Medical and sanitary report of the native army of Madras for the year
Year: 1878
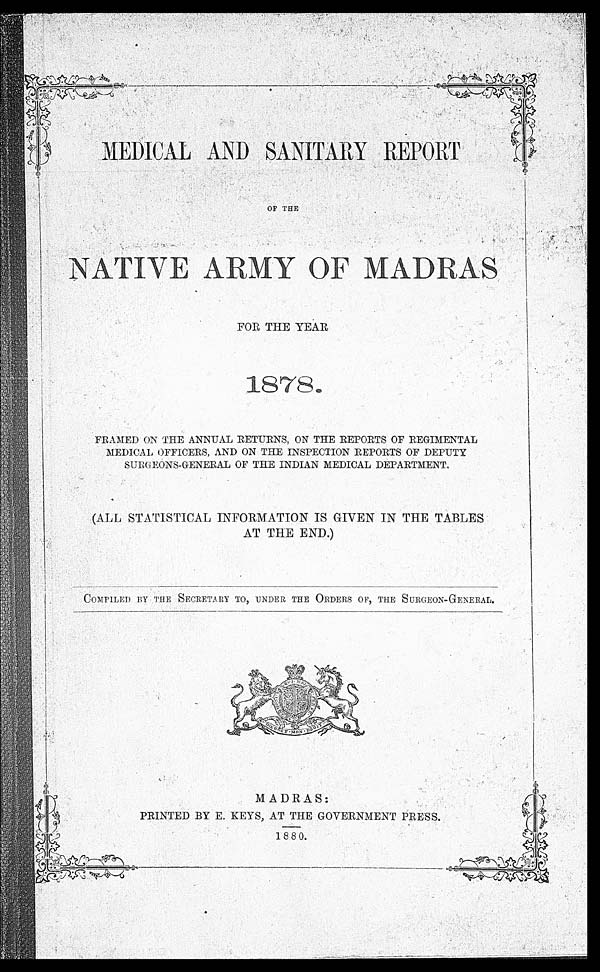
MEDICAL AND SANITARY REPORT
OF THE
NATIVE ARMY OF MADRAS
FOR THE YEAR
1 8 7 8 .
FRAMED ON THE ANNUAL RETURNS, ON THE REPORTS OF REGIMENTAL
MEDICAL OFFICERS, AND ON THE INSPECTION REPORTS OF DEPUTY
SURGEONS-GENERAL OF THE INDIAN MEDICAL DEPARTMENT.
(ALL STATISTICAL INFORMATION IS GIVEN IN THE TABLES
AT THE END.)
COMPILED BY THE. SECRETARY TO, UNDER THE ORDERS OF, THE SURGEON-GENERAL.
MADRAS:
PRINTED BY E. KEYS, AT THE GOVERNMENT PRESS.
1880.